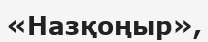
«Назқоңыр»,